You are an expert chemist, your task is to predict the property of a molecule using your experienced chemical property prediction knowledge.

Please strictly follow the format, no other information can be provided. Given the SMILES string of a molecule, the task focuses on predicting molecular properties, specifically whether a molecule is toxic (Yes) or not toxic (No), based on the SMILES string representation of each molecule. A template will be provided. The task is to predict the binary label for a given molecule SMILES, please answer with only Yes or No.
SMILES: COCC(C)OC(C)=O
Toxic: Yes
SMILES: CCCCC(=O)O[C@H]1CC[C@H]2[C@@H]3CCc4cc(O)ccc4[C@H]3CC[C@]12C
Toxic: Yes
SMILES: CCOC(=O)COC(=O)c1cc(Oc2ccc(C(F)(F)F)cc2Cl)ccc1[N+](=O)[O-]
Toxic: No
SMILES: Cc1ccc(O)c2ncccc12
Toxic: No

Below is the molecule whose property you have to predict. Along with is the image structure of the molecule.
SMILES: COc1cccc2c1C(=O)c1c(O)c3c(c(O)c1C2=O)C[C@@](O)(C(=O)CO)C[C@@H]3O[C@H]1C[C@H](N)[C@H](O)[C@H](C)O1
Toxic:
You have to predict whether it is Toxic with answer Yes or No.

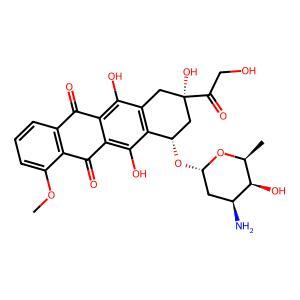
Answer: No